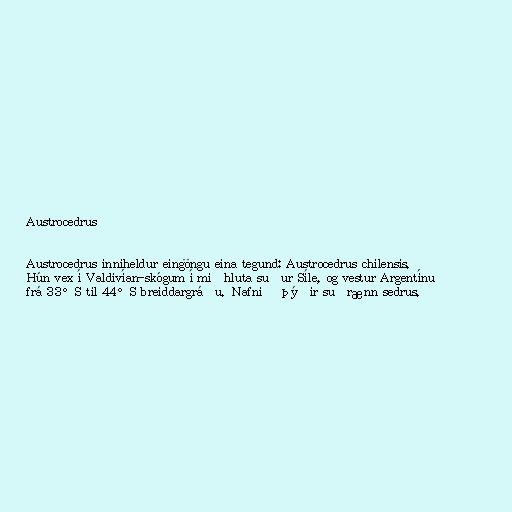
Austrocedrus

Austrocedrus inniheldur eingöngu eina tegund: Austrocedrus chilensis.
Hún vex í Valdivían-skógum í miðhluta suður Síle, og vestur Argentínu
frá 33°S til 44°S breiddargráðu. Nafnið þýðir suðrænn sedrus.